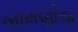
બામણોજ